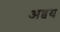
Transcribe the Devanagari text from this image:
अव्वय